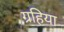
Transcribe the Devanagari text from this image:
ग्रहिया